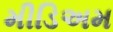
મીડિઅમ